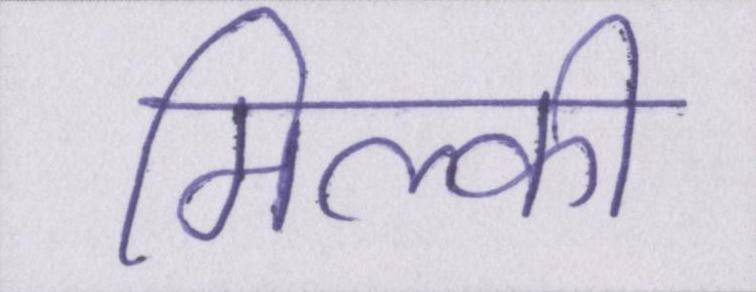
मिल्की